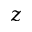
z